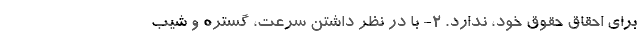
برای احقاق حقوق خود، ندارد. ۲- با در نظر داشتن سرعت، گستره و شیبِ